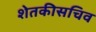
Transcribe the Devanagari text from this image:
शेतकीसचिव